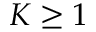
K \geq 1